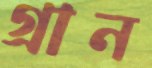
গ্রান